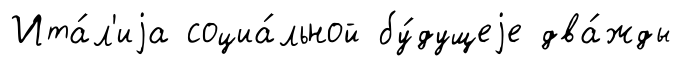
Ита́л'иjа социа́льной бу́дущеjе два́жды